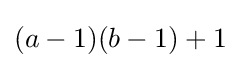
(a-1)(b-1)+1